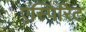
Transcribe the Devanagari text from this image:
एस्पिरिट